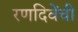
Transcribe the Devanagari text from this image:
रणदिवेंची